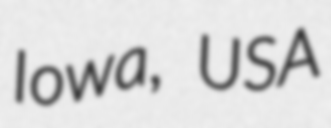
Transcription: Iowa, USA